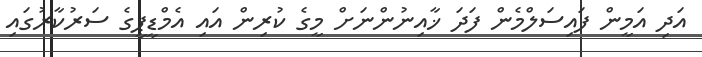
އަދި އަމީން ފައިސަލްމެން ފަދަ ޚާއިނުންނަށް މީގެ ކުރިން އައި އެމްޑީޕީގެ ސަރުކާރުގައި